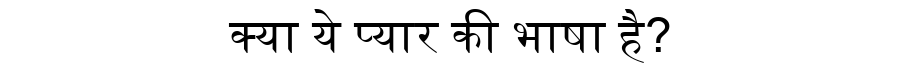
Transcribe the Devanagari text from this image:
क्या ये प्यार की भाषा है?